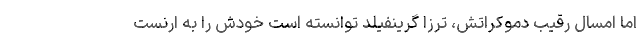
اما امسال رقیب دموکراتش، ترزا گرینفیلد توانسته است خودش را به ارنست